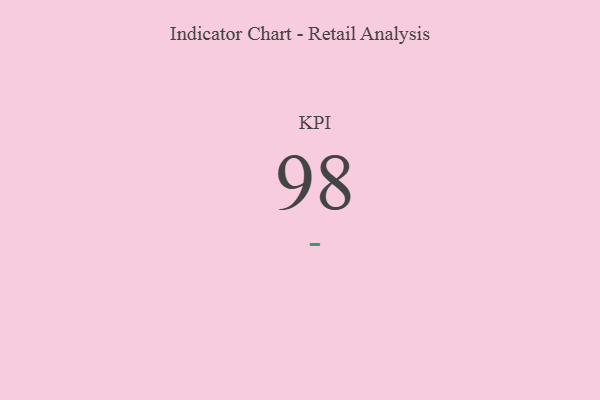
{"axis": {"x": "KPI", "y": "Value"}, "legend": [""], "data": [{"x": "KPI", "y": 98, "type": ""}]}